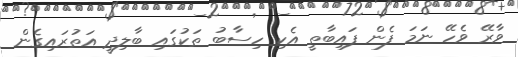
ވާރޭ ވެހޭ ނަމަ ފެން ފައިބާތީ އެކި ހިސާބު ތަކުގައި ބާލިދީ އަތުރައިގެން